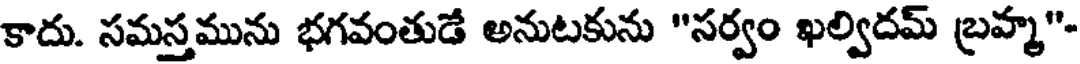
కాదు. సమస్తమును భగవంతుడే అనుటకును "సర్వం ఖల్విదమ్ బ్రహ్మ"